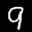
Label: 9